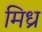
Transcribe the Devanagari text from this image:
मिध्र